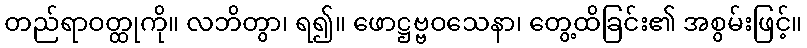
တည်ရာဝတ္ထုကို။ လဘိတွာ၊ ရ၍။ ဖောဋ္ဌဗ္ဗဝသေနာ၊ တွေ့ထိခြင်း၏ အစွမ်းဖြင့်။